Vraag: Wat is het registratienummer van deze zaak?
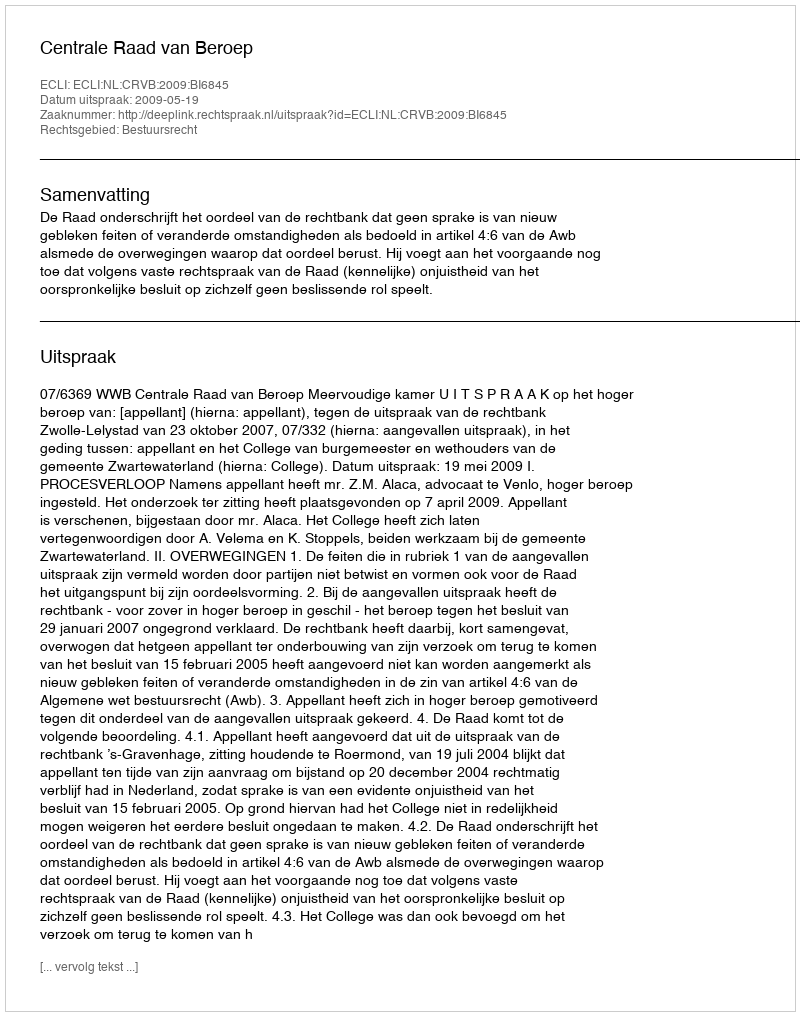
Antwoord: http://deeplink.rechtspraak.nl/uitspraak?id=ECLI:NL:CRVB:2009:BI6845